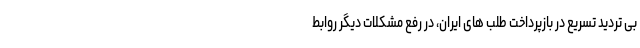
بی تردید تسریع در بازپرداخت طلب های ایران، در رفع مشکلات دیگر روابط